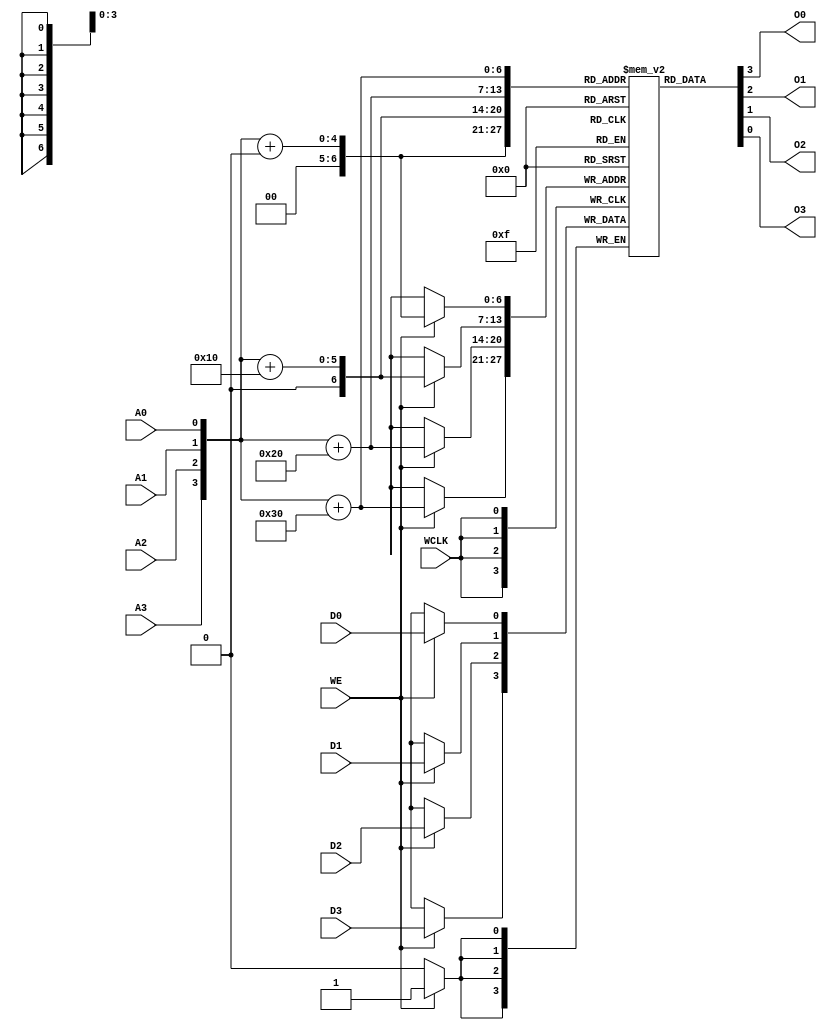
// $Header: /devl/xcs/repo/env/Databases/CAEInterfaces/verunilibs/s/RAM16X4S.v,v 1.8.22.2 2003/12/05 00:34:06 wloo Exp $

/*

FUNCTION	: 16x4 Static RAM with synchronous write capability

*/

`timescale  1 ps / 1 ps


module RAM16X4S (O0, O1, O2, O3, A0, A1, A2, A3, D0, D1, D2, D3, WCLK, WE);

    parameter INIT_00 = 16'h0000;
    parameter INIT_01 = 16'h0000;
    parameter INIT_02 = 16'h0000;
    parameter INIT_03 = 16'h0000;

    output O0, O1, O2, O3;

    input  A0, A1, A2, A3, D0, D1, D2, D3, WCLK, WE;

    reg  mem [64:0];
    reg  [8:0] count;
    wire [3:0] adr;
    wire [3:0] d_in, o_out;
    wire wclk_in, we_in;

    buf b_d0   (d_in[0], D0);
    buf b_d1   (d_in[1], D1);
    buf b_d2   (d_in[2], D2);
    buf b_d3   (d_in[3], D3);
    buf b_wclk (wclk_in, WCLK);
    buf b_we   (we_in, WE);

    buf b_a3 (adr[3], A3);
    buf b_a2 (adr[2], A2);
    buf b_a1 (adr[1], A1);
    buf b_a0 (adr[0], A0);

    buf b_o0 (O0, o_out[0]);
    buf b_o1 (O1, o_out[1]);
    buf b_o2 (O2, o_out[2]);
    buf b_o3 (O3, o_out[3]);

    buf b_o_out0 (o_out[0], mem[adr + 16 * 0]);
    buf b_o_out1 (o_out[1], mem[adr + 16 * 1]);
    buf b_o_out2 (o_out[2], mem[adr + 16 * 2]);
    buf b_o_out3 (o_out[3], mem[adr + 16 * 3]);

    initial begin
	for (count = 0; count < 16; count = count + 1) begin
	    mem[count + 16 * 0] <= INIT_00[count];
	    mem[count + 16 * 1] <= INIT_01[count];
	    mem[count + 16 * 2] <= INIT_02[count];
	    mem[count + 16 * 3] <= INIT_03[count];
	end
    end

    always @(posedge wclk_in) begin
	if (we_in == 1'b1) begin
	    mem[adr + 16 * 0] <= #100 d_in[0];
	    mem[adr + 16 * 1] <= #100 d_in[1];
	    mem[adr + 16 * 2] <= #100 d_in[2];
	    mem[adr + 16 * 3] <= #100 d_in[3];
	end
    end

    specify
	if (WE)
	    (WCLK => O0) = (0, 0);
	if (WE)
	    (WCLK => O1) = (0, 0);
	if (WE)
	    (WCLK => O2) = (0, 0);
	if (WE)
	    (WCLK => O3) = (0, 0);

	(A3 => O0) = (0, 0);
	(A2 => O0) = (0, 0);
	(A1 => O0) = (0, 0);
	(A0 => O0) = (0, 0);
	(A3 => O1) = (0, 0);
	(A2 => O1) = (0, 0);
	(A1 => O1) = (0, 0);
	(A0 => O1) = (0, 0);
	(A3 => O2) = (0, 0);
	(A2 => O2) = (0, 0);
	(A1 => O2) = (0, 0);
	(A0 => O2) = (0, 0);
	(A3 => O3) = (0, 0);
	(A2 => O3) = (0, 0);
	(A1 => O3) = (0, 0);
	(A0 => O3) = (0, 0);
    endspecify

endmodule